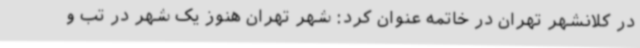
در کلانشهر تهران در خاتمه عنوان کرد: شهر تهران هنوز یک شهر در تب و